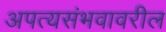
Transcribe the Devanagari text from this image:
अपत्यसंभवावरील